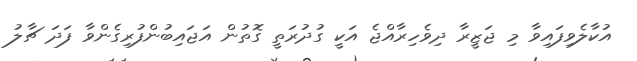
އުކާލެވިފައިވާ މި ޖަޒީރާ ދިވެހިރާއްޖެ އަކީ ގުދުރަތީ ގޮތުން އަޖައިބުންފުރިގެންވާ ފަދަ ޗާލު